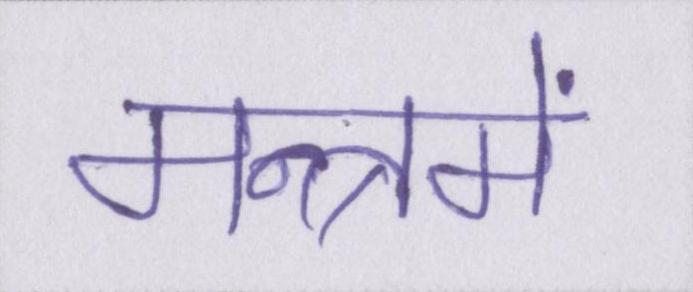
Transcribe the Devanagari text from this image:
मन्त्रमें